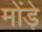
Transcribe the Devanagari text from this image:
मोंड़े